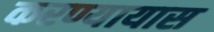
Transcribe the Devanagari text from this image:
करण्यायास